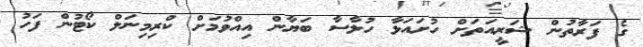
ގެ ފަރާތުން ޝަރީއަތަށް ހުށައަޅާ ހުލާސާ ބަޔާން އިއްވުމަށް ކްރިމިނަލް ކޯޓުން ފަހު